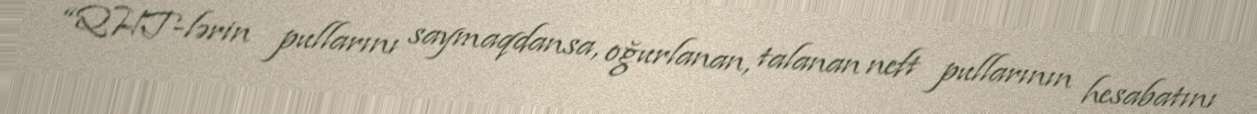
“QHT-lərin pullarını saymaqdansa, oğurlanan, talanan neft pullarının hesabatını